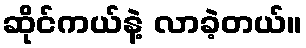
ဆိုင်ကယ်နဲ့ လာခဲ့တယ်။